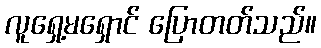
လူရှေ့မရှောင် ပြောတတ်သည်။